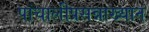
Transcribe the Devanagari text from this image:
पांचालीप्रसन्नाख्यान